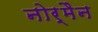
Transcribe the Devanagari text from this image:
नोर्मैन